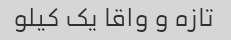
تازه و واقا‌ یک کیلو